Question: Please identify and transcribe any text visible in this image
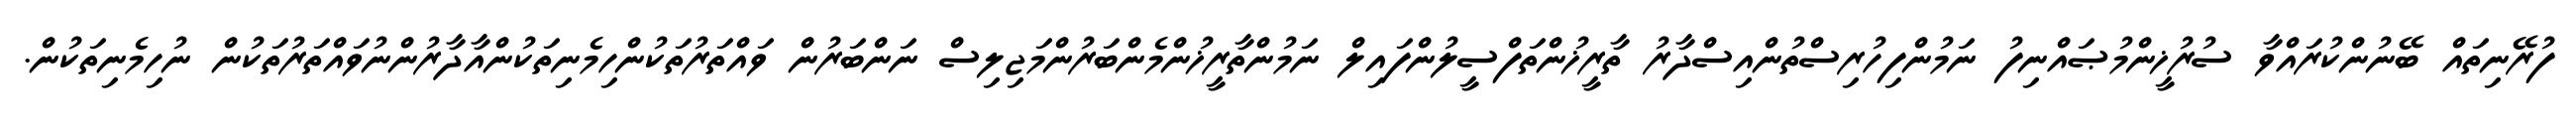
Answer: ފުރޭނިތައް ބޭނުންކުރައްވާ ސުރުޚީންމުޞައްނިފު ނަމުންފިހުރިސްތުންއިސްދާރު ތާރީޚުންތަފްސީލުންފައިލް ނަމުންތާރީޚުންމެންބަރުންމަޖިލިސް ނަންބަރުން ވައްތަރުތަކުންހިމެނިތަކުންއާދާރުންނުވައްތަރުތަކުން ނުހިމެނިތަކުން.